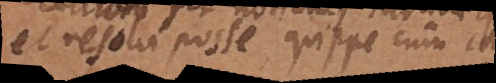
et resolvi posse, quippe cum